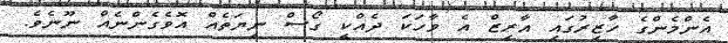
އެންމެންގެ ހާޒިރުގައި އާރިޒް އެ ވާހަކަ ދެއްކީ ގޯސް ނިޔަތެއް އޮވެގެންނެއް ނޫނެވެ.